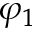
\varphi _ { 1 }